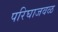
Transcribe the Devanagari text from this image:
परिघाजवळ